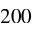
2 0 0